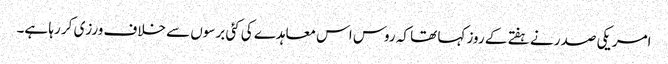
امریکی صدر نے ہفتے کے روز کہا تھا کہ روس اس معاہدے کی کئی برسوں سے خلاف ورزی کر رہا ہے۔